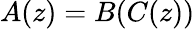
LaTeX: A(z)=B(C(z))